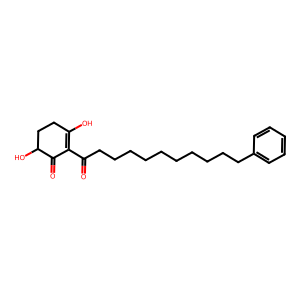
SMILES: O=C(CCCCCCCCCCc1ccccc1)C1=C(O)CCC(O)C1=O
Inhibits HIV replication: No